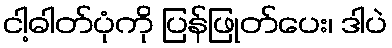
ငါ့ဓါတ်ပုံကို ပြန်ဖြုတ်ပေး၊ ဒါပဲ